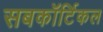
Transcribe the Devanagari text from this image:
सबकॉर्टिकल